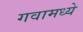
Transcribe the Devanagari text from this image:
गवामध्ये